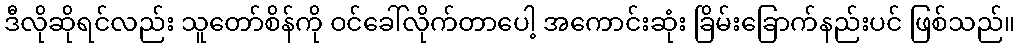
ဒီလိုဆိုရင်လည်း သူတော်စိန်ကို ဝင်ခေါ်လိုက်တာပေါ့ အကောင်းဆုံး ခြိမ်းခြောက်နည်းပင် ဖြစ်သည်။